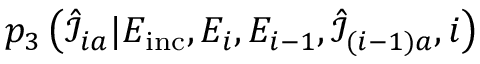
p _ { 3 } \left( \hat { \mathcal { I } } _ { i a } | E _ { \mathrm { i n c } } , E _ { i } , E _ { i - 1 } , \hat { \mathcal { I } } _ { ( i - 1 ) a } , i \right)